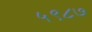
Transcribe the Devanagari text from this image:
५९८७